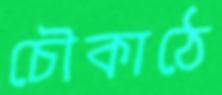
চৌকাঠে